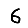
Digit: 6